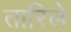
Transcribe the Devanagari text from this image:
तारिले